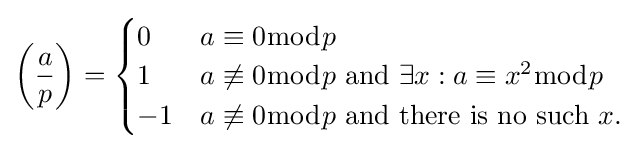
\left({\frac {a}{p}}\right)={\begin{cases}0&a\equiv 0{\bmod {p}}\\1&a\not \equiv 0{\bmod {p}}{\text{ and }}\exists x:a\equiv x^{2}{\bmod {p}}\\-1&a\not \equiv 0{\bmod {p}}{\text{ and there is no such }}x.\end{cases}}